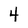
Character: 4